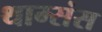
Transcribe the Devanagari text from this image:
थाम्संस